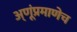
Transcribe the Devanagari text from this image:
अ्णूंप्रमाणेच